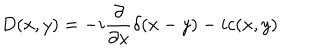
D ( x , y ) = - i \frac { \partial } { \partial x } \delta ( x - y ) - i c ( x , y )